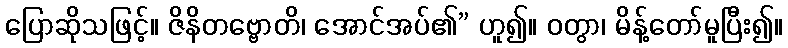
ပြောဆိုသဖြင့်။ ဇိနိတဗ္ဗောတိ၊ အောင်အပ်၏” ဟူ၍။ ဝတွာ၊ မိန့်တော်မူပြီး၍။